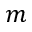
m